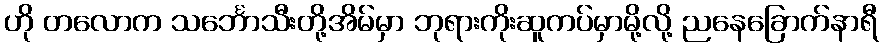
ဟို တလောက သင်္ဘောသီးတို့အိမ်မှာ ဘုရားကိုးဆူကပ်မှာမို့လို့ ညနေခြောက်နာရီ